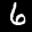
Label: 6